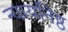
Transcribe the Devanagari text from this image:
न्यायनिष्ठ